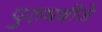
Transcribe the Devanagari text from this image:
पुरुषबीजे